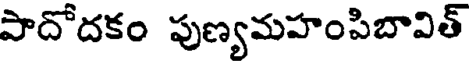
పాదోదకం పుణ్యమహంపిబావిత్